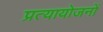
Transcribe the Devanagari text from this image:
प्रत्यायोजनों